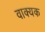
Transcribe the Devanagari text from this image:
वाक्यक